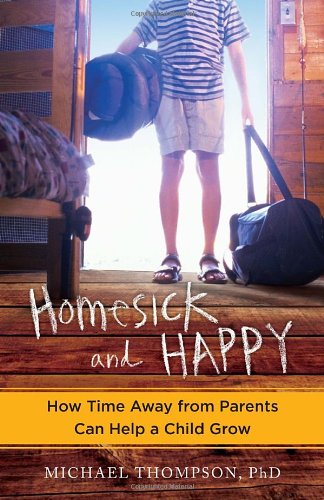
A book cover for Homesick and Happy: How Time Away from Parents Can Help a Child Grow; Michael Thompson; Sports & Outdoors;